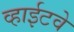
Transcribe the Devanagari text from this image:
व्हाईटवे